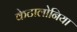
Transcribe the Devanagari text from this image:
केटालोनिया